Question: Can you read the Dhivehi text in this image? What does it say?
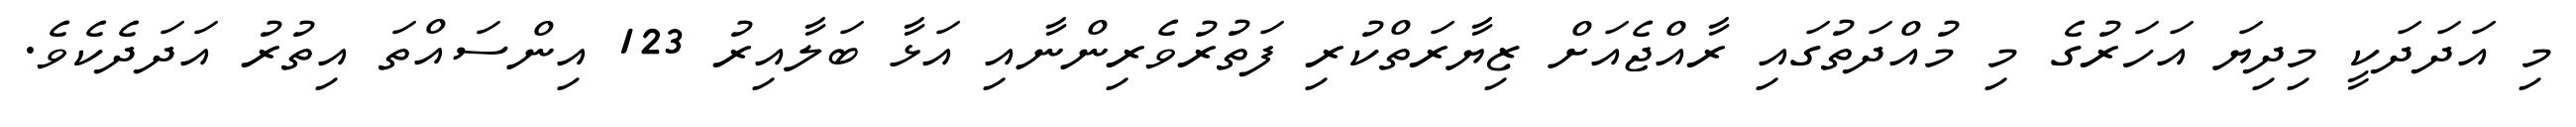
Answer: މި އަދަދަކީ މިދިޔަ އަހަރުގެ މި މުއްދަތުގައި ރާއްޖެއަށް ޒިޔާރަތްކުރި ފަތުރުވެރިންނާއި އަޅާ ބަލާއިރު 123 އިންސައްތަ އިތުރު އަދަދެކެވެ.